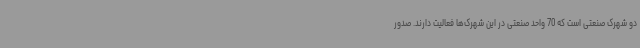
دو شهرک صنعتی است که 70 واحد صنعتی در این شهرک‌ها فعالیت دارند. صدور